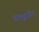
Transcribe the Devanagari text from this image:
सरयुपारीन